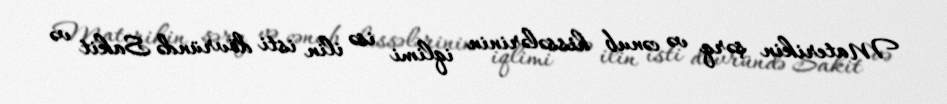
Materikin şərq və cənub hissələrinin iqlimi isə ilin isti dövründə Sakit və